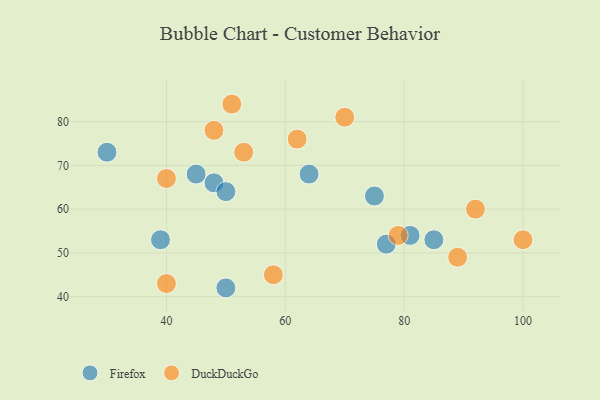
{"axis": {"x": "GDP", "y": "Life Expectancy"}, "legend": ["DuckDuckGo", "Firefox"], "data": [{"x": "48", "y": 66, "type": "Firefox"}, {"x": "30", "y": 73, "type": "Firefox"}, {"x": "75", "y": 63, "type": "Firefox"}, {"x": "85", "y": 53, "type": "Firefox"}, {"x": "45", "y": 68, "type": "Firefox"}, {"x": "64", "y": 68, "type": "Firefox"}, {"x": "39", "y": 53, "type": "Firefox"}, {"x": "81", "y": 54, "type": "Firefox"}, {"x": "50", "y": 64, "type": "Firefox"}, {"x": "50", "y": 42, "type": "Firefox"}, {"x": "77", "y": 52, "type": "Firefox"}, {"x": "92", "y": 60, "type": "DuckDuckGo"}, {"x": "62", "y": 76, "type": "DuckDuckGo"}, {"x": "53", "y": 73, "type": "DuckDuckGo"}, {"x": "89", "y": 49, "type": "DuckDuckGo"}, {"x": "58", "y": 45, "type": "DuckDuckGo"}, {"x": "48", "y": 78, "type": "DuckDuckGo"}, {"x": "40", "y": 43, "type": "DuckDuckGo"}, {"x": "79", "y": 54, "type": "DuckDuckGo"}, {"x": "40", "y": 67, "type": "DuckDuckGo"}, {"x": "100", "y": 53, "type": "DuckDuckGo"}, {"x": "51", "y": 84, "type": "DuckDuckGo"}, {"x": "70", "y": 81, "type": "DuckDuckGo"}]}